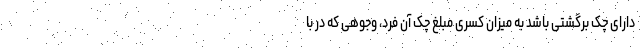
دارای چک برگشتی باشد به میزان کسری مبلغ چک آن فرد، وجوهی که در با